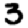
Digit: 3